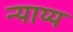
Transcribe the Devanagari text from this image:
न्‍याय्य